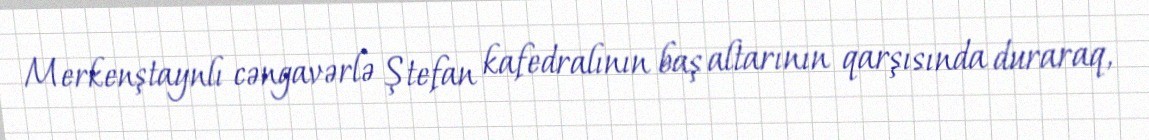
Merkenştaynlı cəngavərlə Ştefan kafedralının baş altarının qarşısında duraraq,